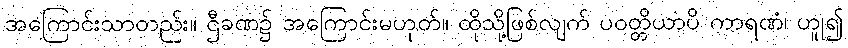
အကြောင်းသာတည်း။ ဌီခဏ၌ အကြောင်းမဟုတ်။ ထိုသို့ဖြစ်လျက် ပဝတ္တိယာပိ ကာရဏံ၊ ဟူု၍